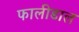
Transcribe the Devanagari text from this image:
फालीडाल